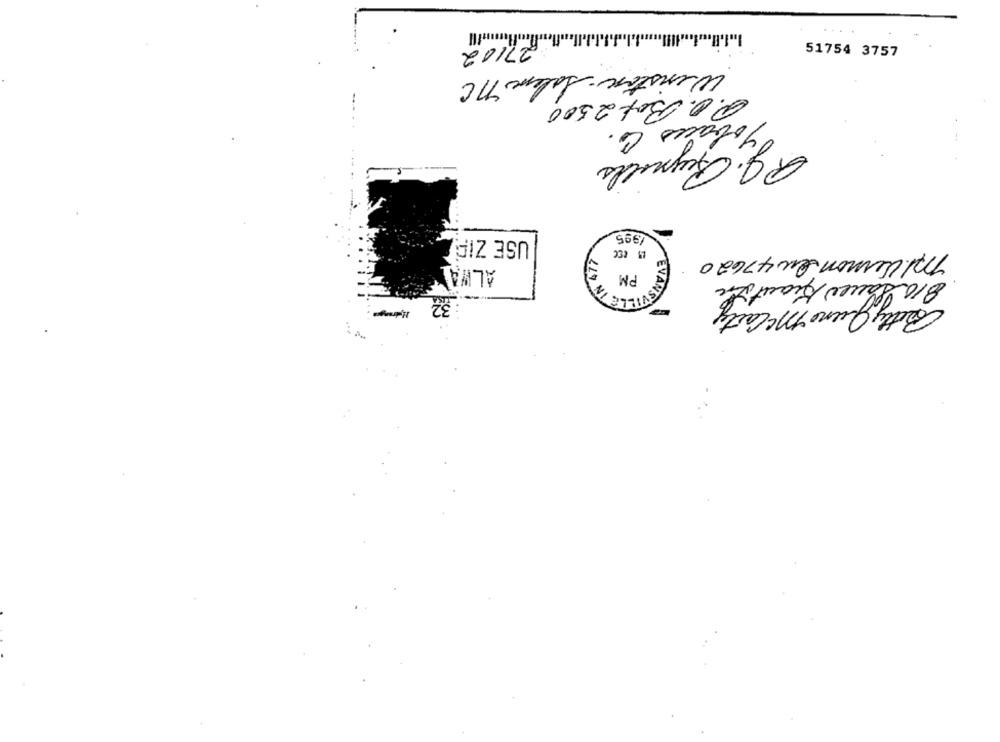
27/02
51754 3757
Winston - Salem MC
P. O. Box 2500
Jobaus Co.
R. J. Reynolds
1995
USE ZIP
15 CEC
m/ Limon Ow 47620
ALWAN
PM
ASVIELE IN
810 Sauer Kraut in
Pretty June Mccarty